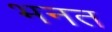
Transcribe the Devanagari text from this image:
भनत